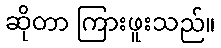
ဆိုတာ ကြားဖူးသည်။